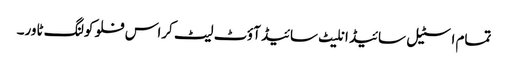
تمام اسٹیل سائیڈ انلیٹ سائیڈ آؤٹ لیٹ کراس فلو کولنگ ٹاور۔